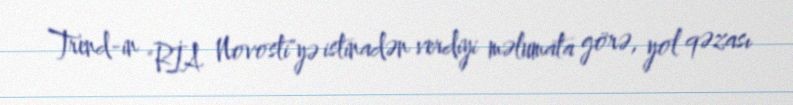
Trend-in "RİA Novosti"yə istinadən verdiyi məlumata görə, yol qəzası